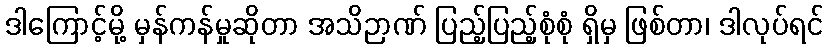
ဒါကြောင့်မို့ မှန်ကန်မှုဆိုတာ အသိဉာဏ် ပြည့်ပြည့်စုံစုံ ရှိမှ ဖြစ်တာ၊ ဒါလုပ်ရင်